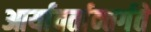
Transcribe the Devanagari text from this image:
आर्यावर्तान्तर्गते